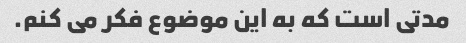
مدتی است که به این موضوع فکر می کنم.